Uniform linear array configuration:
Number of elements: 48
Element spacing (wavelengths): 0.75
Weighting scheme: uniform
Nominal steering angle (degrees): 30
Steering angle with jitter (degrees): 30.622
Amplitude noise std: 0.05
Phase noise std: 0.05

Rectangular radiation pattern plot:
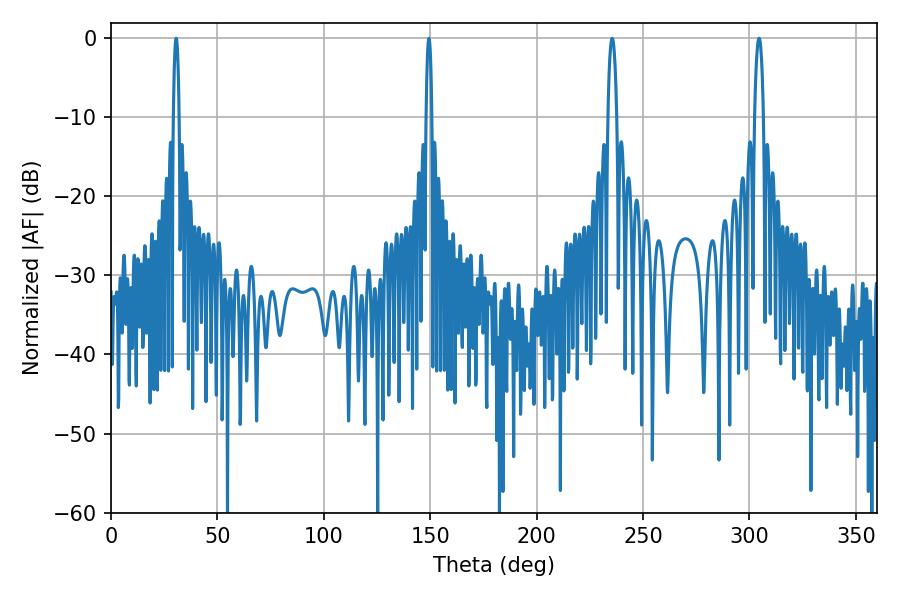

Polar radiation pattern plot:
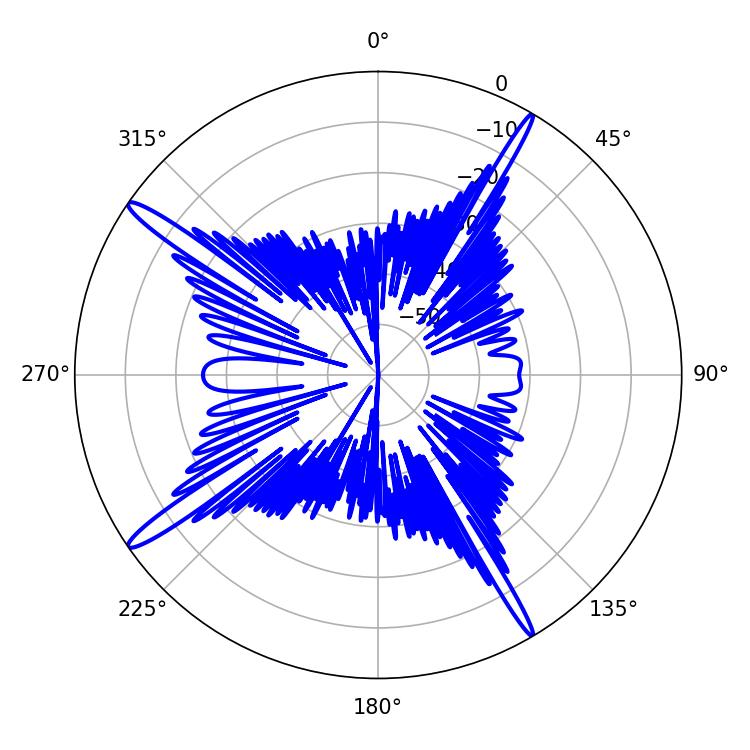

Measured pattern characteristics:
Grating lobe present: TRUE
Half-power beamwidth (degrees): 1.44
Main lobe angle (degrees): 30.6